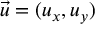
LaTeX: { \vec { u } } = ( u _ { x } , u _ { y } )